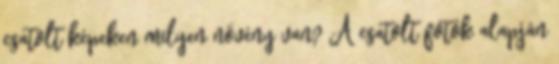
csatolt képeken milyen növény van? A csatolt fotók alapján